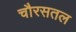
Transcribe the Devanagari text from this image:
चौरसतल